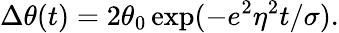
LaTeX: \Delta\theta(t)=2\theta_{0}\exp(-e^{2}\eta^{2}t/\sigma).